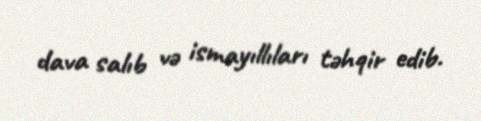
dava salıb və ismayıllıları təhqir edib.